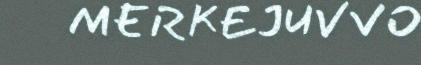
MERKEJUVVO